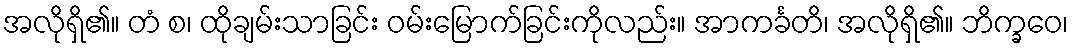
အလိုရှိ၏။ တံ စ၊ ထိုချမ်းသာခြင်း ဝမ်းမြောက်ခြင်းကိုလည်း။ အာကင်္ခတိ၊ အလိုရှိ၏။ ဘိက္ခဝေ၊